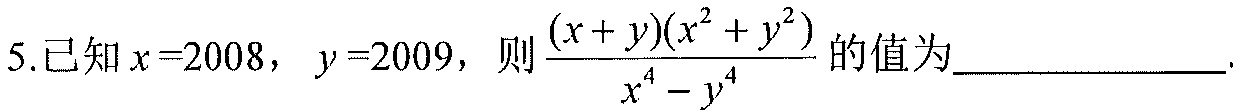
5.已知\(x = 2008\)，\(y = 2009\)，则\(\frac{(x + y)(x^{2}+y^{2})}{x^{4}-y^{4}}\)的值为____________.